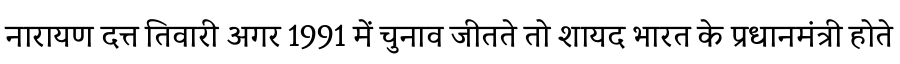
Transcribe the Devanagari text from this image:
नारायण दत्त तिवारी अगर 1991 में चुनाव जीतते तो शायद भारत के प्रधानमंत्री होते